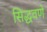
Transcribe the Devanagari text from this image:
सिद्धवणे